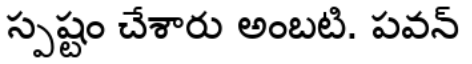
స్పష్టం చేశారు అంబటి. పవన్